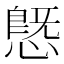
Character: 𢟪